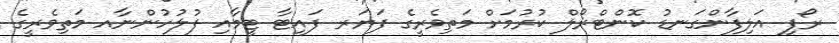
ރޯފި އަލިފާންގަނޑު ކޮންޓްރޯލް ކުރުމަށް މަތިވެރީގެ ފަޔަރ ފައިޓާ ޓީމާއި ފުލުހުންނާއ މަތިވެރީގެ